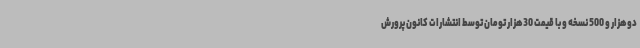
دوهزار و 500 نسخه و با قیمت 30هزار تومان توسط انتشارات کانون پرورش